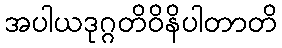
အပါယဒုဂ္ဂတိဝိနိပါတာတိ